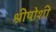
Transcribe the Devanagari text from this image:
श्रीपोशी